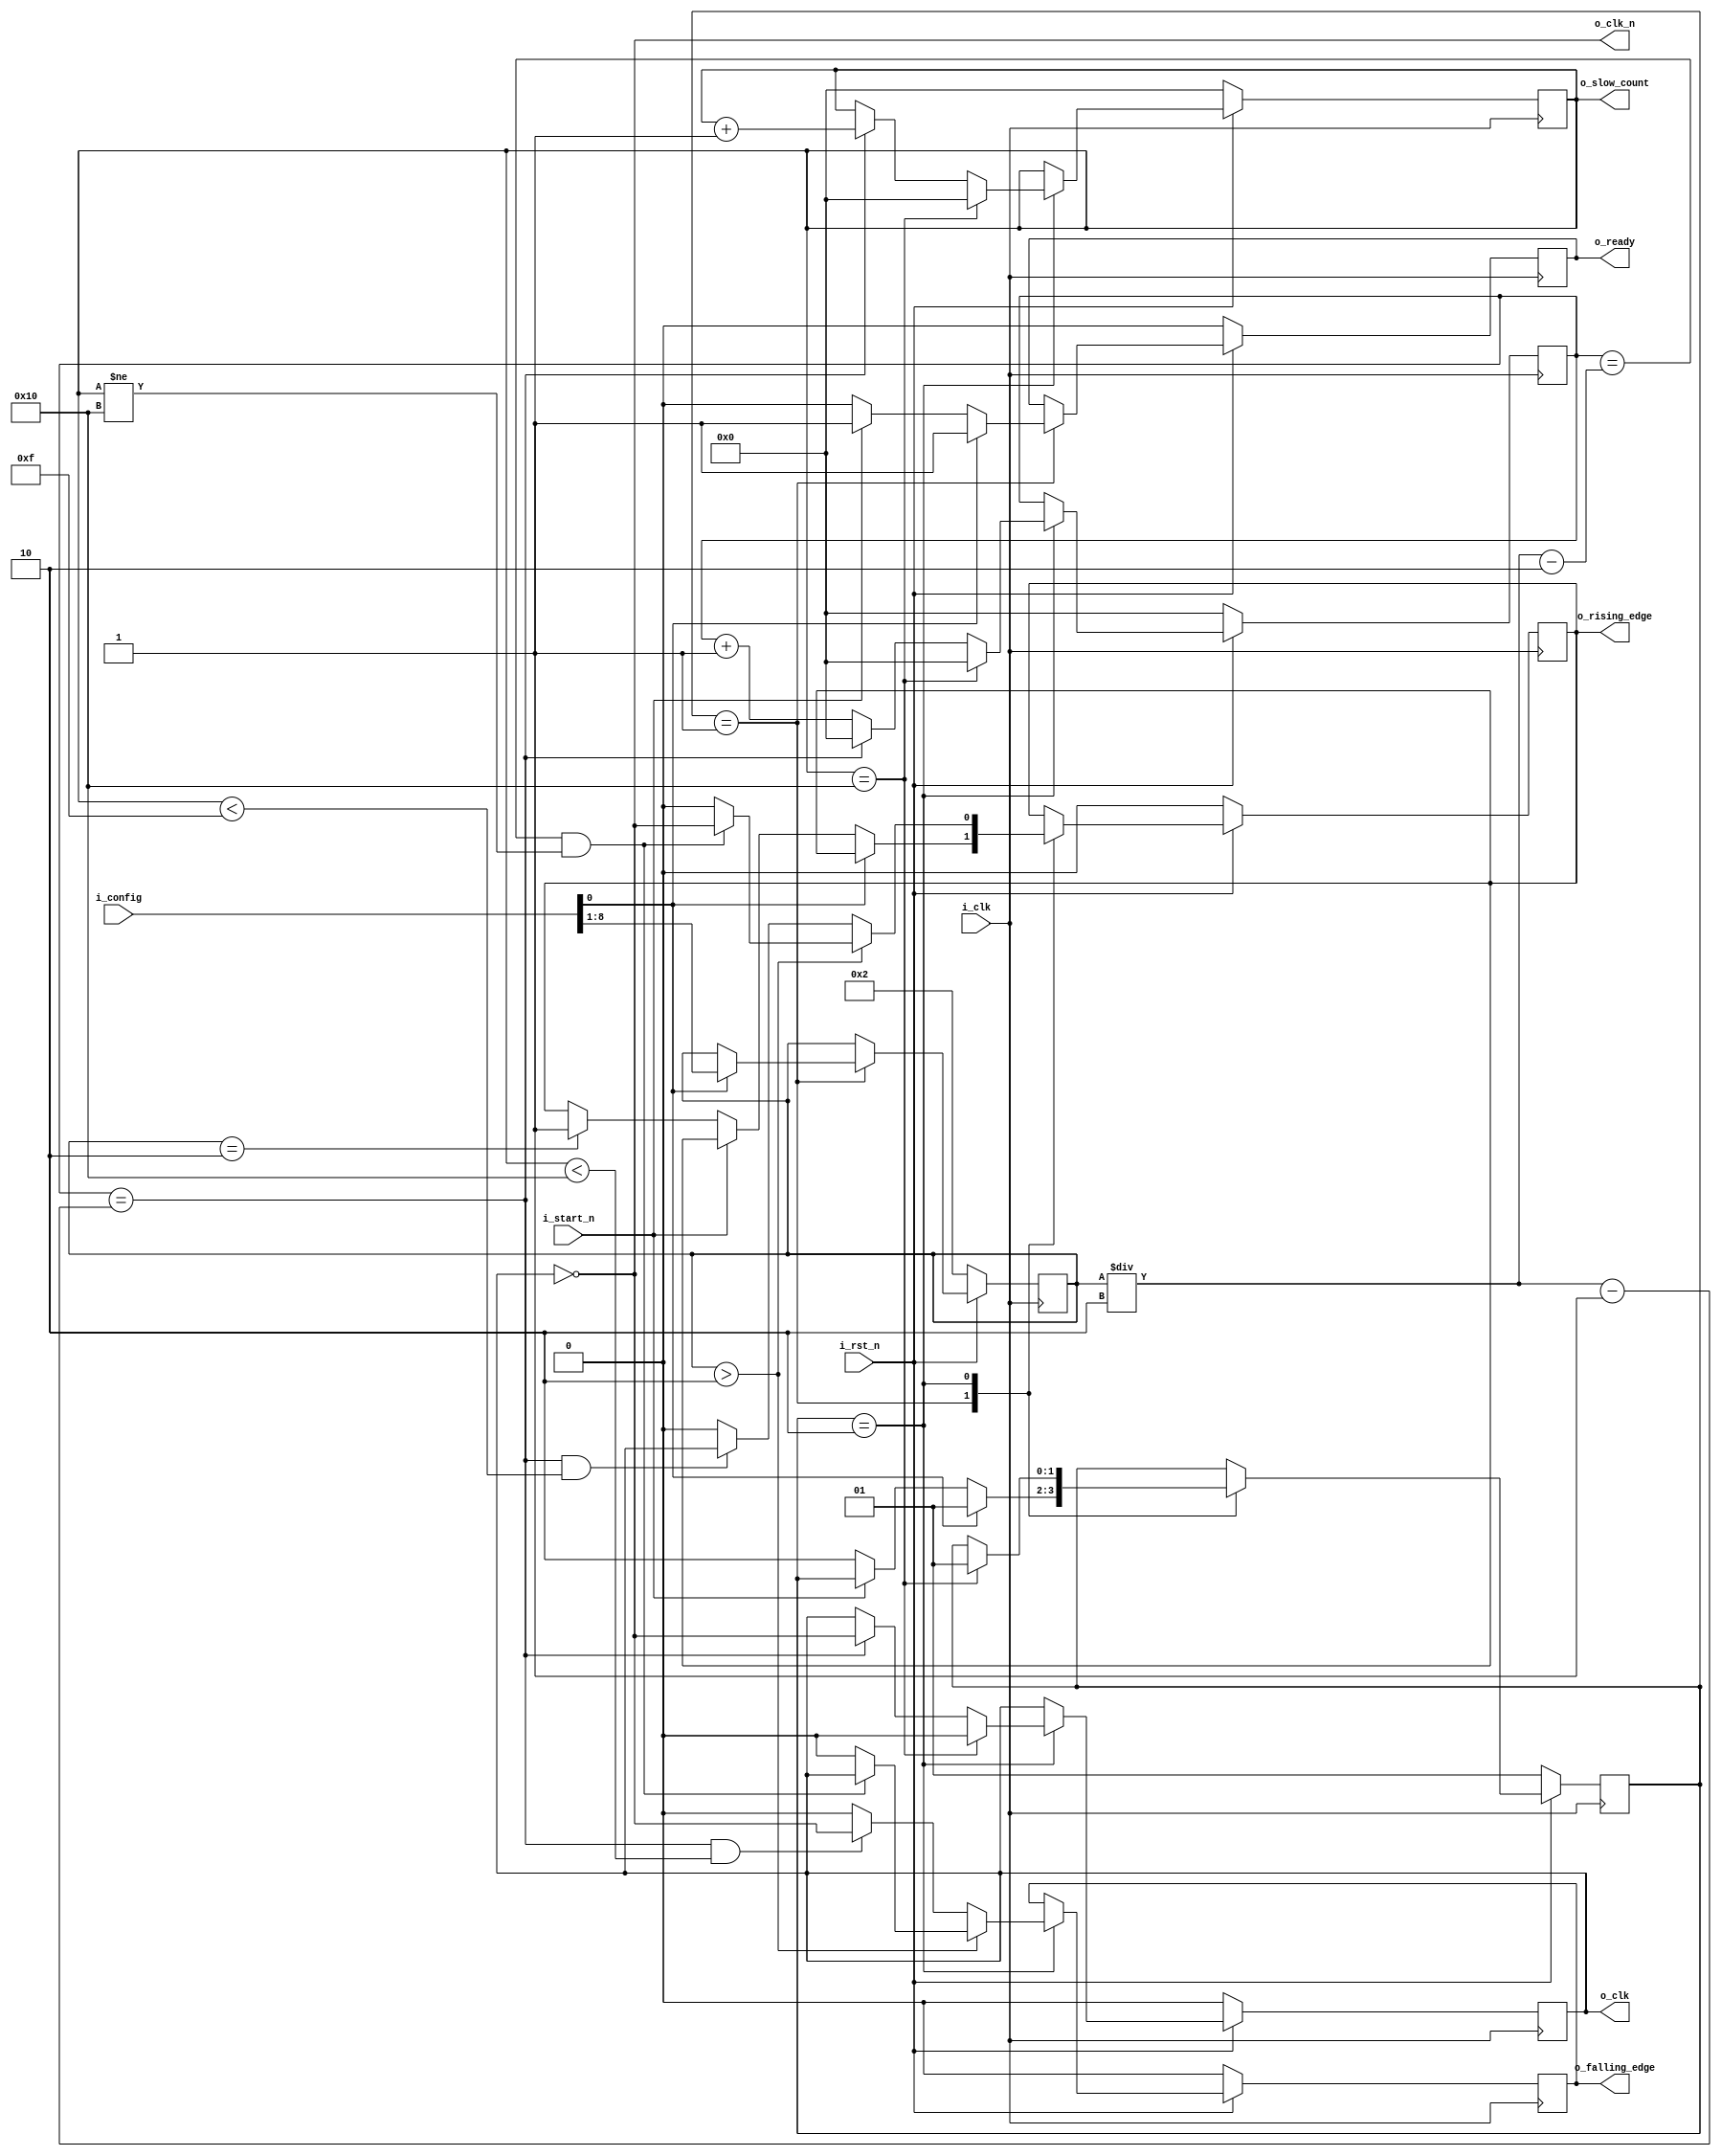
`timescale 1ns / 1ps

///////////////////////////////////////////////////////////////////////////////
// Module Name:     Clock Divider
// Target Devices:  Xilinx Artix-7
// Description:     Configurable, finite-pulse clock divider for use in a
//                  SPI environment
//
// Notes:           Configurable speed ranges from f_input/2 to f_input/255
//                  Divisor should be even and non-zero
//
//                  Generates 8 slow clocks and then idles
///////////////////////////////////////////////////////////////////////////////

module clock_divider
    (
        // FPGA interface
        input i_clk,
        input i_rst_n,

        // Control interface
        // 
        //          C8...C1                      C0           
        // 
        //  Clock divisor (MSB...LSB)  Register configuration 
        // 
        input [8:0] i_config,
        input i_start_n,

        // Clock output
        output o_ready,
        output o_clk,
        output o_clk_n,
        
        // Metadata output
        output       o_rising_edge,
        output       o_falling_edge,
        output [7:0] o_slow_count
    );

    // Operational states
    localparam [1:0]
        READY  = 2'b01,
        RUN    = 2'b10;

    // State machine
    reg [1:0] r_state, r_next_state;

    // Clock divisor
    reg [7:0]  r_cdiv, r_next_cdiv;

    // Counter
    reg [7:0] r_fast_cycle, r_next_fast;
    reg [7:0] r_slow_cycle, r_next_slow;

    // Slow clock
    reg r_clk, r_next_clk;
    reg r_rising_edge,  r_next_rising_edge;
    reg r_falling_edge, r_next_falling_edge;
    reg r_ready,        r_next_ready;

    // State machine logic
    always @(posedge i_clk) begin
        if (~i_rst_n) begin
            r_state         <= READY;
            r_cdiv          <= 'h2;
            r_fast_cycle    <= 'h0;
            r_slow_cycle    <= 'h0;
            r_clk           <= 'h0;
            r_rising_edge   <= 'h0;
            r_falling_edge  <= 'h0;
            r_ready         <= 'h0;
        end

        else begin
            r_state         <= r_next_state;
            r_cdiv          <= r_next_cdiv;
            r_fast_cycle    <= r_next_fast;
            r_slow_cycle    <= r_next_slow;
            r_clk           <= r_next_clk;
            r_rising_edge   <= r_next_rising_edge;
            r_falling_edge  <= r_next_falling_edge;
            r_ready         <= r_next_ready;
        end
    end

    always @(*) begin
        // Defaults
        r_next_state        = r_state;
        r_next_cdiv         = r_cdiv;
        r_next_fast         = r_fast_cycle;
        r_next_slow         = r_slow_cycle;
        r_next_clk          = r_clk;
        r_next_rising_edge  = r_rising_edge;
        r_next_falling_edge = r_falling_edge;
        r_next_ready        = r_ready;

        case(r_state)
            READY: begin
                r_next_ready = i_rst_n;
                
                if (i_rst_n) begin
                    if (i_config[0]) begin
                        r_next_cdiv  = i_config[8:1];
                        r_next_state = READY;
                    end
                
                    else if (~i_start_n) begin
                        r_next_ready = 'h0;
                        r_next_state = RUN;

                        // For a half-speed clock, the next clock cycle will
                        // be the rising edge. Report it now!
                        if (r_cdiv == 2)
                            r_next_rising_edge = 'h1;
                    end
                end
             end

            RUN: begin
                // Stop clocking after 8 slow clocks
                if (r_slow_cycle == 16) begin
                    r_next_fast         = 'h0;
                    r_next_slow         = 'h0;
                    r_next_clk          = 'h0;
                    r_next_state = READY;
                end
                    
                // Toggle slow clock when fast clock hits divisor
                else begin
                    if (r_fast_cycle == r_cdiv / 2 - 1) begin
                        r_next_fast     = 'h0;
                        r_next_slow     = r_slow_cycle + 'h1;
                        r_next_clk      = ~r_clk;
                    end
                    
                    else begin
                        r_next_fast = r_fast_cycle + 'h1;
                    end
                end
                
                // Update edge detectors every clock cycle
                if (r_cdiv > 2) begin
                    r_next_rising_edge  = (r_fast_cycle == r_cdiv / 2 - 2) && r_slow_cycle != 16 ? ~r_clk   : 'h0;
                    r_next_falling_edge = (r_fast_cycle == r_cdiv / 2 - 2) && r_slow_cycle != 16 ? r_clk    : 'h0;
                end

                // For a half-speed clock, update edges early
                else begin
                    r_next_rising_edge  = (r_fast_cycle == r_cdiv / 2 - 1) && r_slow_cycle < 15 ? r_clk     : 'h0;
                    r_next_falling_edge = (r_fast_cycle == r_cdiv / 2 - 1) && r_slow_cycle < 16 ? ~r_clk    : 'h0;
                end
            end
        endcase
    end

    // Outputs
    assign o_ready = r_ready;
    assign o_clk = r_clk;
    assign o_clk_n = ~r_clk;
    assign o_slow_count = r_slow_cycle;
    assign o_rising_edge = r_rising_edge;
    assign o_falling_edge = r_falling_edge;
endmodule